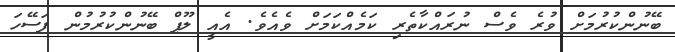
ބޭނުންކުރުމަށް ވުރެ ވެސް ނުރައްކާތެރި ކަމެއްކަމަށް ވެއެވެ. އެއީ ލޫޕް ބޭނުންކުރުމުން ފަސޭހަ